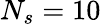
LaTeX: N_{s}=10